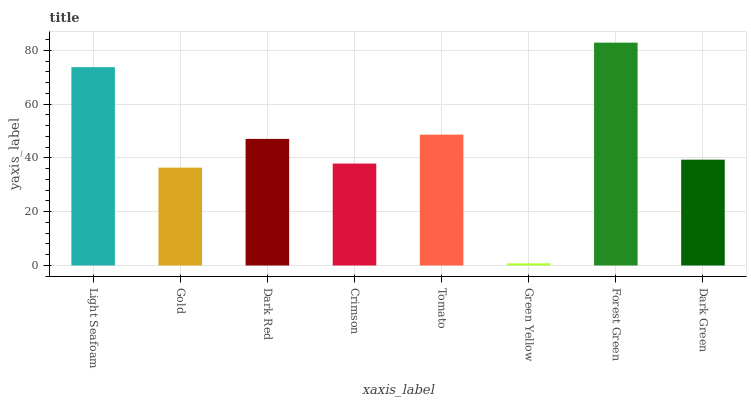
| xaxis_label | bars |
 | --- | --- |
 | Light Seafoam | 73.7 |
 | Gold | 36.4 |
 | Dark Red | 47.1 |
 | Crimson | 37.9 |
 | Tomato | 48.6 |
 | Green Yellow | 0.801 |
 | Forest Green | 82.8 |
 | Dark Green | 39.3 |